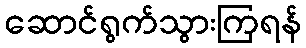
ဆောင်ရွက်သွားကြရန်